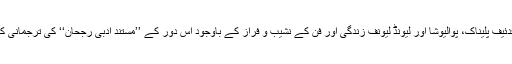
ناول نگار فدئیف پلیناک، پوالیوشا اور لیونڈ لیونف زندگی اور فن کے نشیب و فراز کے باوجود اس دور کے ’’مستند ادبی رجحان‘‘ کی ترجمانی کرتے رہے۔